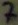
Text: 7